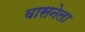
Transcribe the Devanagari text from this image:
वासनेला